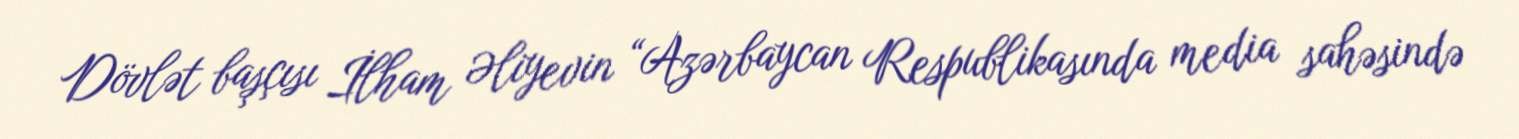
Dövlət başçısı İlham Əliyevin “Azərbaycan Respublikasında media sahəsində